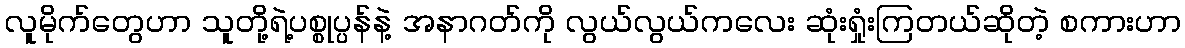
လူမိုက်တွေဟာ သူတို့ရဲ့ပစ္စုပ္ပန်နဲ့ အနာဂတ်ကို လွယ်လွယ်ကလေး ဆုံးရှုံးကြတယ်ဆိုတဲ့ စကားဟာ